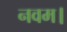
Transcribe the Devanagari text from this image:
नवम।